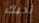
تحبك